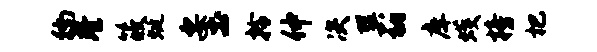
徜巷筱蜓要土拎仲决巽衲庠蠖榜杷